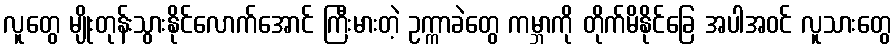
လူတွေ မျိုးတုန်းသွားနိုင်လောက်အောင် ကြီးမားတဲ့ ဥက္ကာခဲတွေ ကမ္ဘာကို တိုက်မိနိုင်ခြေ အပါအဝင် လူသားတွေ